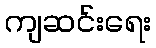
ကျဆင်းရေး